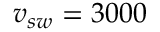
v _ { s w } = 3 0 0 0